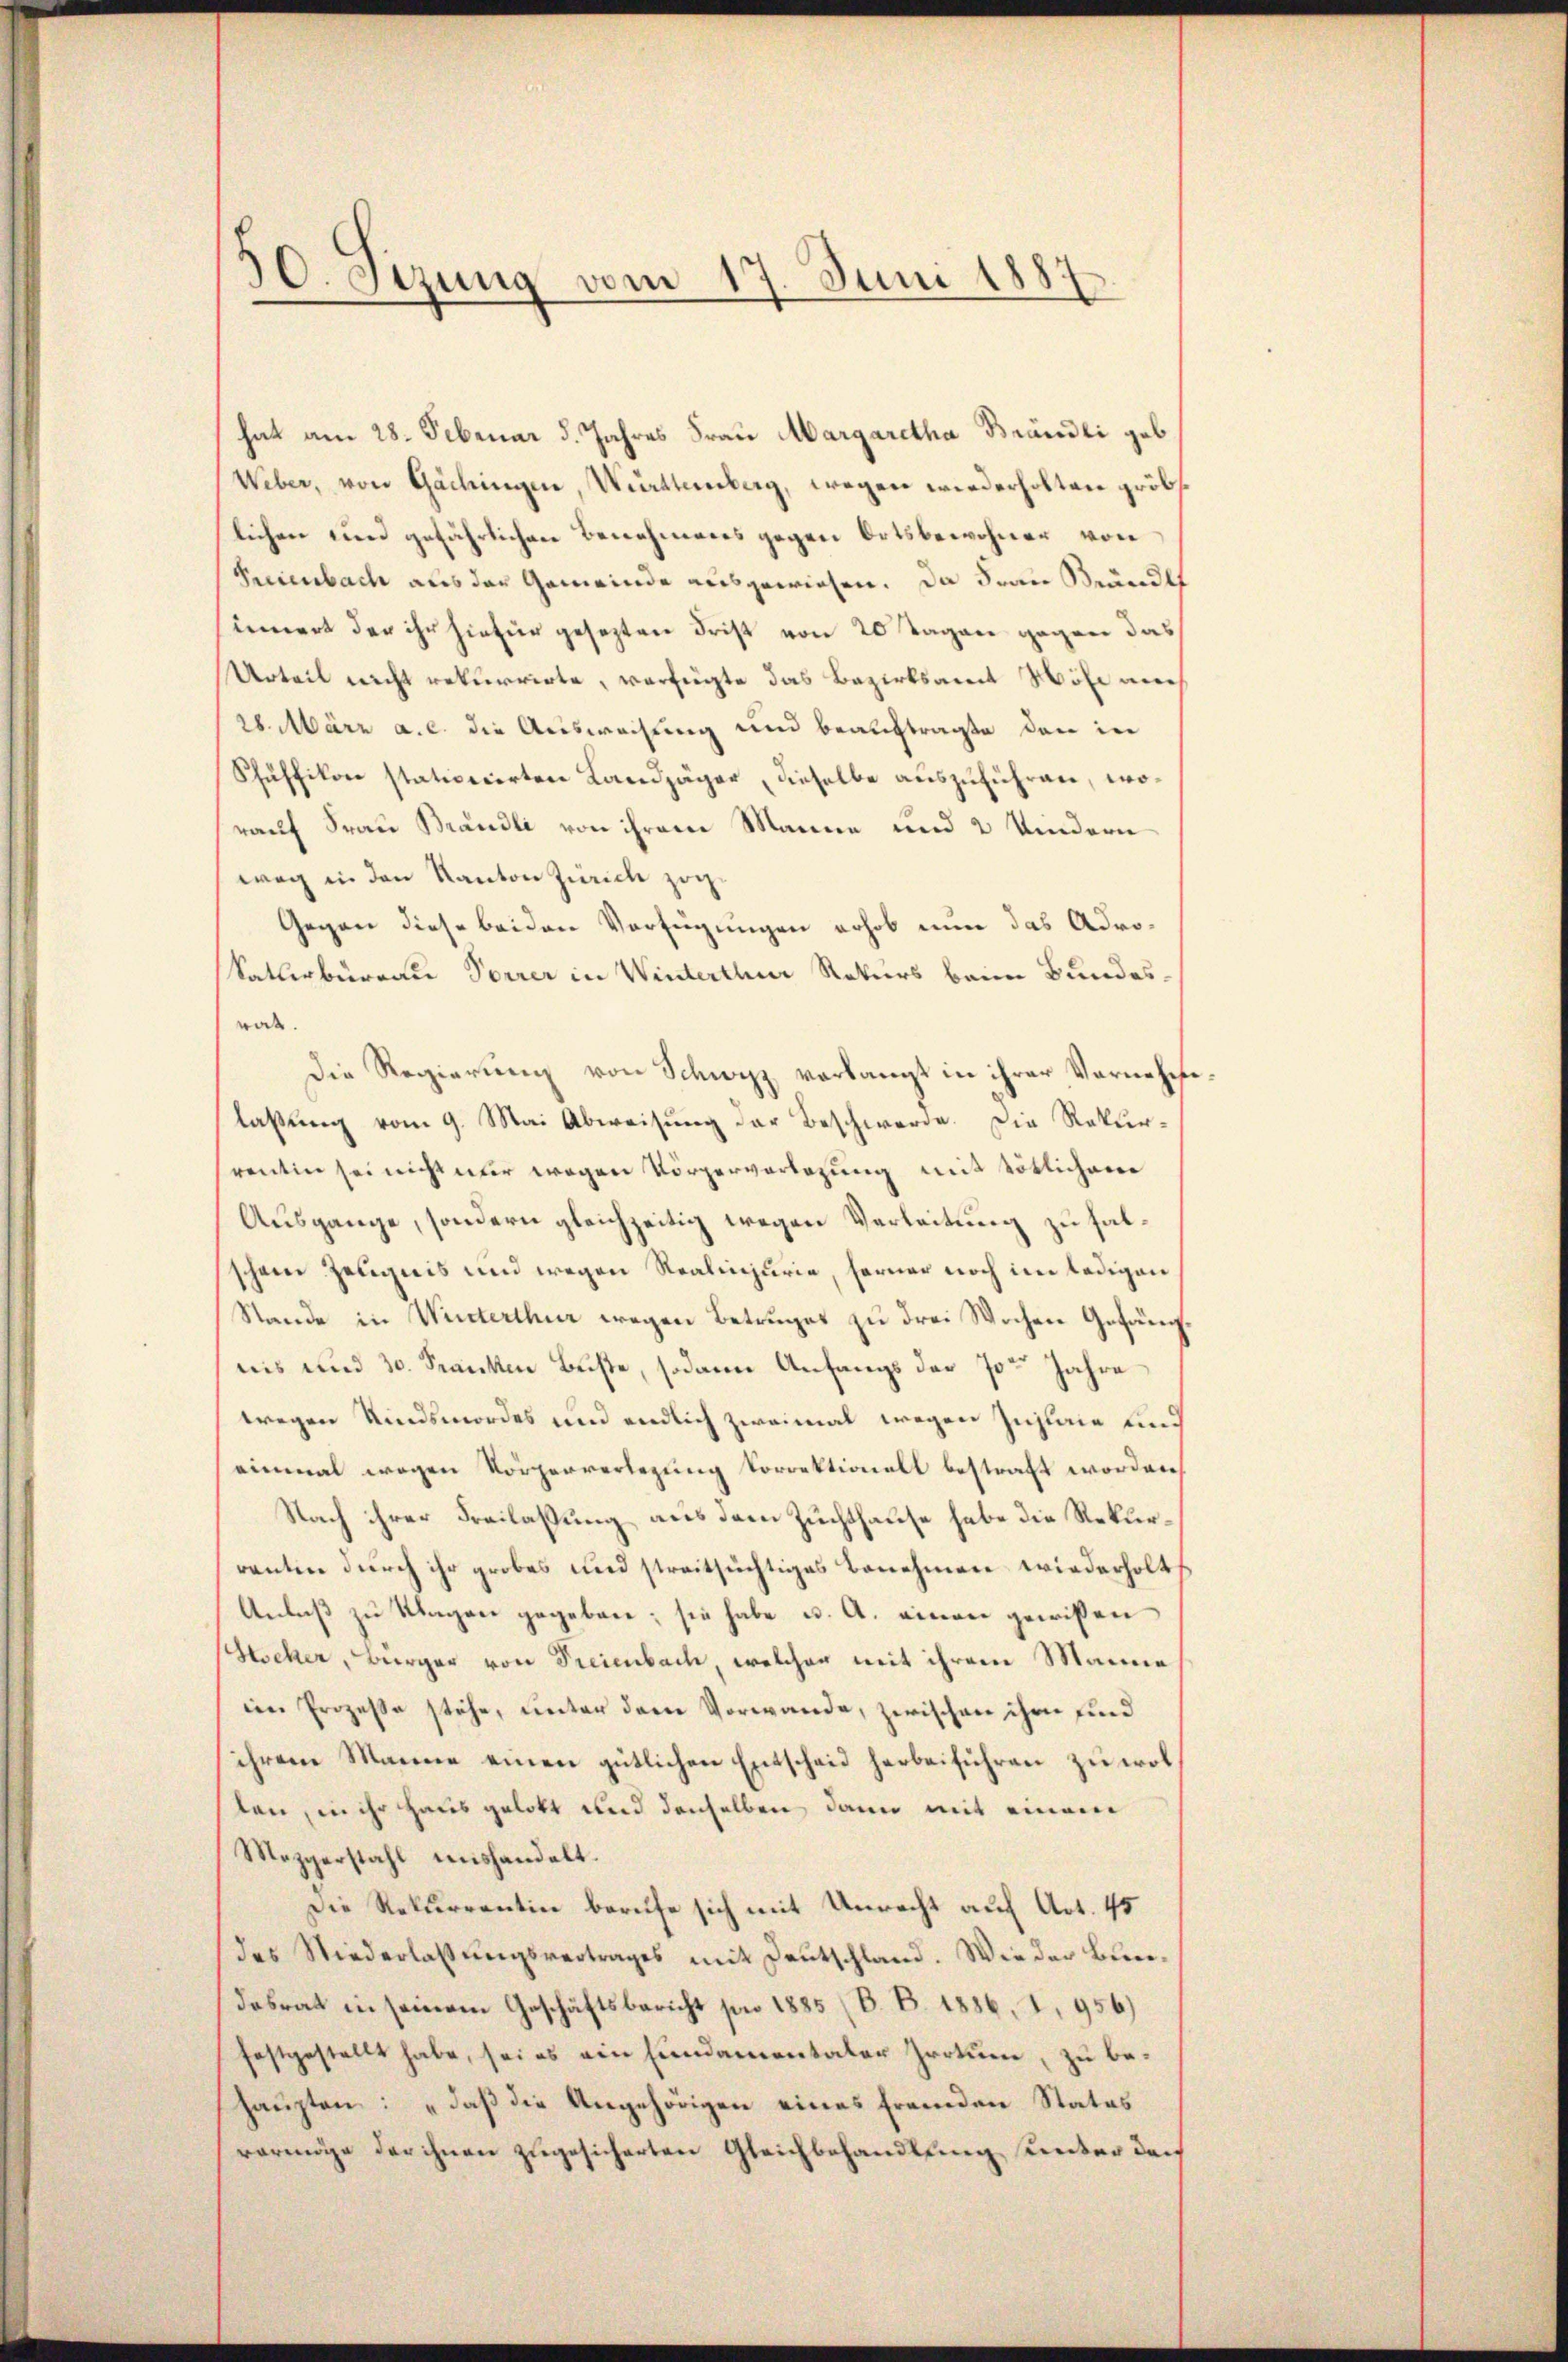
30. Sezung vom 17. Juni 1887

hat am 28. Februar d. Jahres Frau Margaretha Brändli geb
Weber, von Gachingen, Württemberg, wegen wiederholten gröbs.
lichen und gefährlichen Benehmens gegen Ortsbewohner von
Freienbach aus der Gemeinde ausgewiesen. Da Frau Bändl
sinnert der ihr hiefür gesezten Frist von 20 Tagen gegen das
Urteil nicht rekurrirte, verfügte das Bezirksamt Höhe nach
28. März a. c. die Ausweihung und beauftragte den in
Schüffikon stationirten Landjäger, dieselbe auszuführen, worauf Frau Brändli von ihrem Manne und 2 Kindern
weg in den Kanton Zürich zog.
Gegen diese beiden Verfügungen erhob nun das Adrokaturburgau Vorrer in Winterthur Rekurs beim Bundesrat.
Die Regierung von Schwyz verlangt in ihrer Vornehmelaßung vom 9. Mai Abweisung der Beschwerde. Die Rekurrentin sei nicht nur wegen Körperverlegung mit tötlichen
Ausgange, sondern gleichzeitig wegen Verleitung zu halschen Zeugnis und wegen Realinjurie, ferner noch im ledigen
Stande in Winterthur wegen Betruges zu drei Wochen Gefängnis und 30. Franken Buße, sodann Anfangs der 7ten Jahre
wegen Kindsmordes und endlich zweimal wegen Zuplane und
einmal wegen Körperverlegung korrektionalt bestraft worden,
Nach ihrer Freilassung aus dem Zuchthause habe die Rekurrantin durch ihr grobes und streitsüchtiges Benehmen wiederholt
Anlaß zu Klagen gegeben; sie habe u. A. einen gewissen
Gescher, Bürger von Freienbach, welcher mit ihrem Manne
em Prozesse stehe, unter dem Vorwande, zwischen ihm und
ihrem Manne einen gütlichen Entscheid herbeiführen zu wolten, in ihr Haus gelobt und denselben dann mit einem
Mezgerstahl mishandelt.
Die Rekurrentin berufe sich mit Unrecht auf Art. 45
das Niederlassŭngsvertrages mit Deutschland. Wie der Bundesrat in seinem Geschäftsbericht pro 1885 (B. B. 1886, I, 956)
festgestellt habe, sei es ein Fundamentaler Irrtum, zu behaupten: „daß die Angehörigen eines fremden Status
vermöge der ihnen zugesicherten Gleichbehandlung unter den